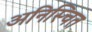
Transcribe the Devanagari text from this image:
अनिस्चित